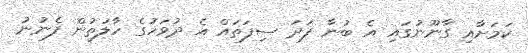
ކަމަށާއި ގާނޫނުގައި އެ ބުނާ ފަދަ ސިފަތައް އެ ދުވަހުގެ ހާލަތުން ފެނުނު